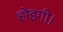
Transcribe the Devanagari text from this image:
होइगी।